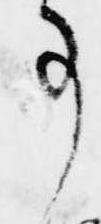
事